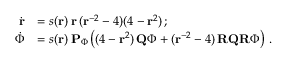
\begin{array} { r l } { \dot { \mathbf { r } } } & { = s ( \mathbf { r } ) \, \mathbf { r } \, ( \mathbf { r } ^ { - 2 } - 4 ) ( 4 - \mathbf { r } ^ { 2 } ) \, ; } \\ { \dot { \Phi } } & { = s ( \mathbf { r } ) \, \mathbf { P } _ { \Phi } \left( ( 4 - \mathbf { r } ^ { 2 } ) \, \mathbf { Q } \Phi + ( \mathbf { r } ^ { - 2 } - 4 ) \, \mathbf { R } \mathbf { Q } \mathbf { R } \Phi \right) \, . } \end{array}